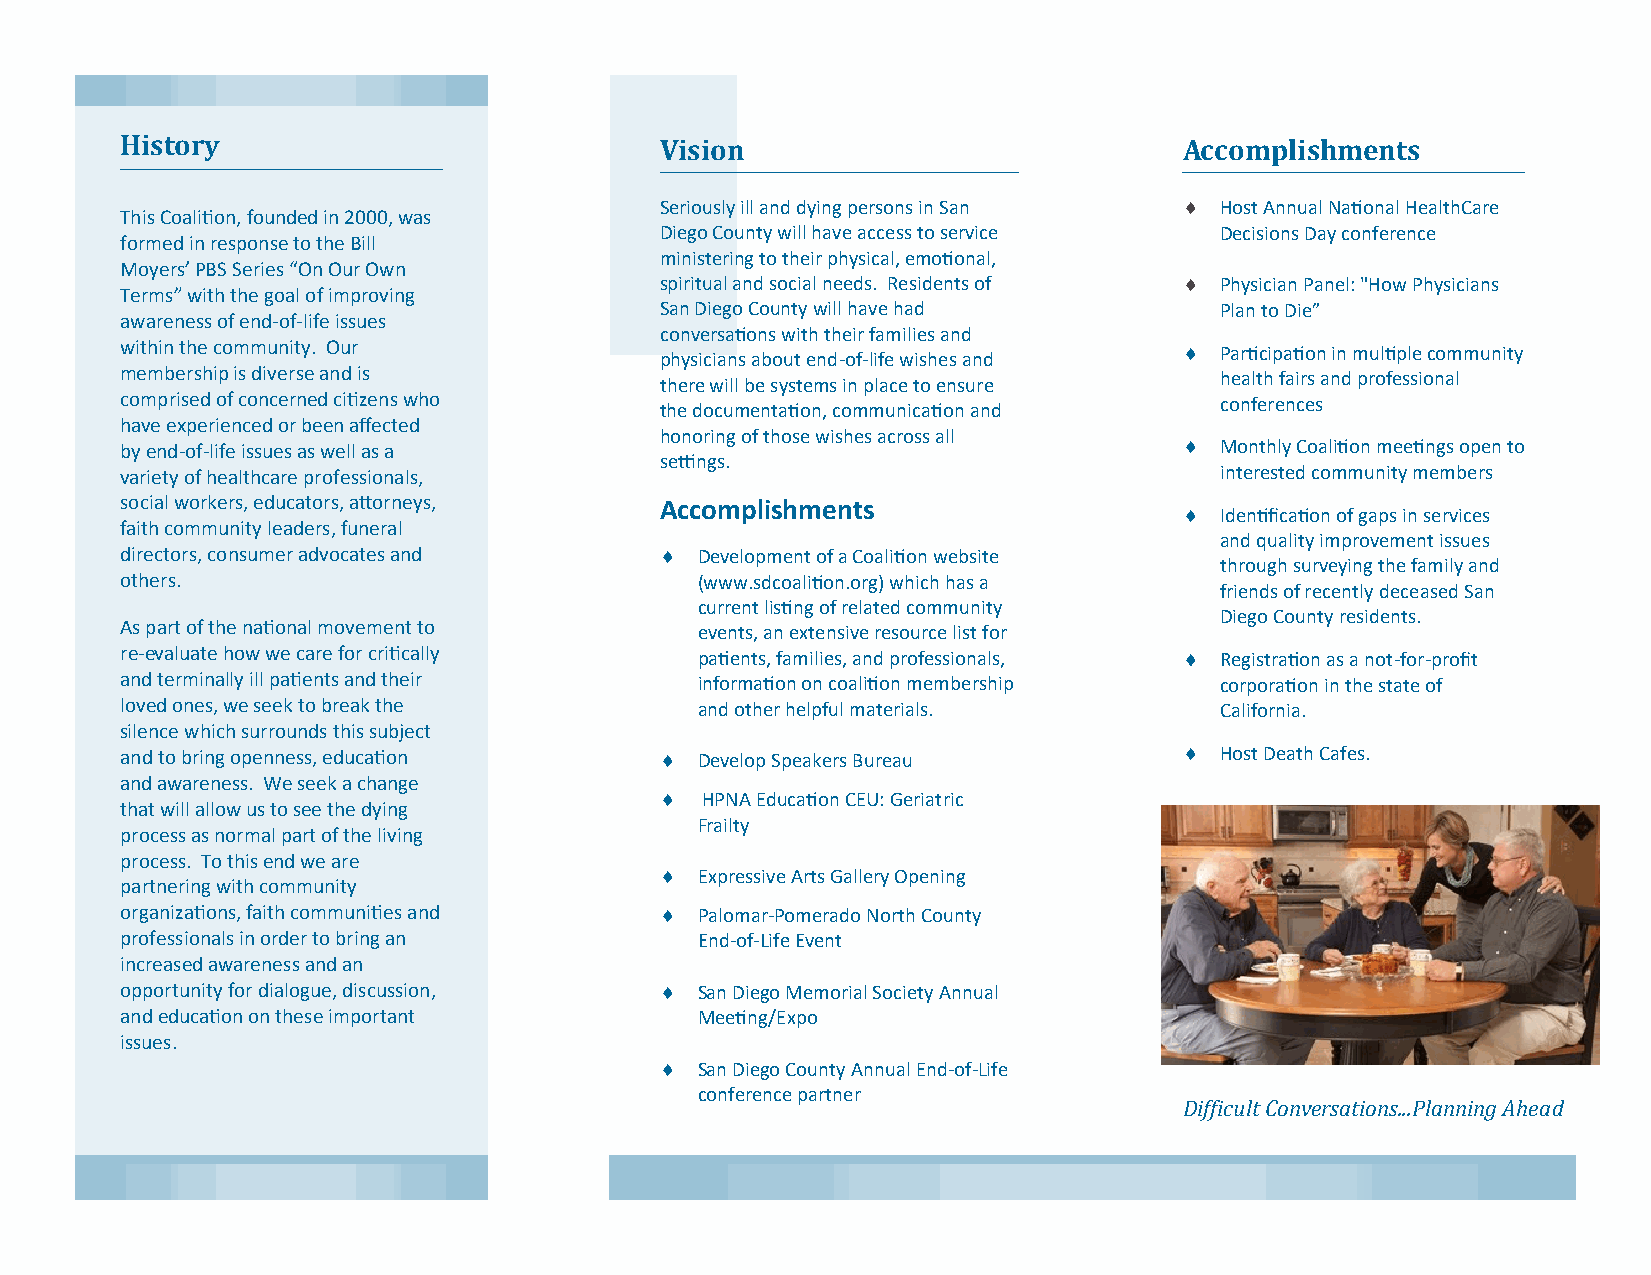
History                             Vision                            Accomplishments
 Seriously ill and dying persons in San  Host Annual National HealthCare
 This Coalition, founded in 2000, was
 Diego County will have access to service Decisions Day conference
 formed in response to the Bill
 ministering to their physical, emotional,
 Moyers’ PBS Series “On Our Own
 spiritual and social needs. Residents of  Physician Panel: "How Physicians
 Terms” with the goal of improving
 San Diego County will have had       Plan to Die”
 awareness of end-of-life issues
 conversations with their families and
 within the community. Our                                               Participation in multiple community
 physicians about end-of-life wishes and
 membership is diverse and is                                             health fairs and professional
 there will be systems in place to ensure
 comprised of concerned citizens who                                      conferences
 the documentation, communication and
 have experienced or been affected
 honoring of those wishes across all
 by end-of-life issues as well as a                                      Monthly Coalition meetings open to
 settings.
 variety of healthcare professionals,                                     interested community members
 social workers, educators, attorneys, Accomplishments
   Identification of gaps in services
 faith community leaders, funeral
 and quality improvement issues
 directors, consumer advocates and    Development of a Coalition website
 through surveying the family and
 others.                               (www.sdcoalition.org) which has a
 friends of recently deceased San
 current listing of related community
 Diego County residents.
 As part of the national movement to   events, an extensive resource list for
 re-evaluate how we care for critically patients, families, and professionals,  Registration as a not-for-profit
 and terminally ill patients and their information on coalition membership corporation in the state of
 loved ones, we seek to break the      and other helpful materials.       California.
 silence which surrounds this subject
 and to bring openness, education     Develop Speakers Bureau           Host Death Cafes.
 and awareness. We seek a change
  HPNA Education CEU: Geriatric
 that will allow us to see the dying
 Frailty
 process as normal part of the living
 process. To this end we are
  Expressive Arts Gallery Opening
 partnering with community
 organizations, faith communities and  Palomar-Pomerado North County
 professionals in order to bring an    End-of-Life Event
 increased awareness and an
 opportunity for dialogue, discussion,  San Diego Memorial Society Annual
 and education on these important      Meeting/Expo
 issues.
  San Diego County Annual End-of-Life
 conference partner
 Difficult Conversations...Planning Ahead